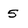
Character: 5